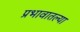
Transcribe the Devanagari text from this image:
प्रभावातल्या